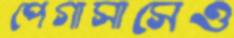
পেগাসাসেও